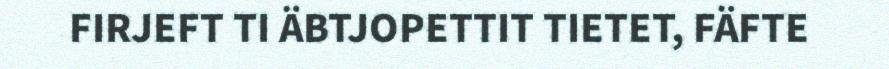
FIRJEFT TI ÄBTJOPETTIT TIETET, FÄFTE